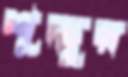
শূদ্দুর